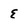
Character: E